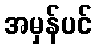
အမှန်ပင်